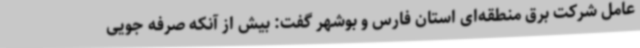
عامل شرکت برق منطقه‌ای استان فارس و بوشهر گفت: بیش از آنکه صرفه جویی